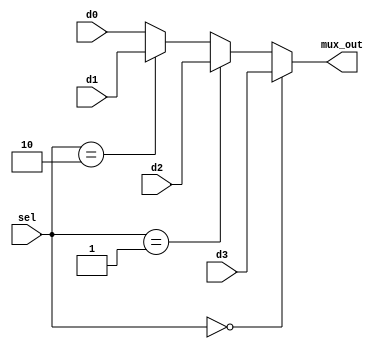
`timescale 1ns / 1ps
//////////////////////////////////////////////////////////////////////////////////
// Company: 
// Engineer: 
// 
// Design Name: 
// Module Name: mux4_1
// Project Name: 
// Target Devices: 
// Tool Versions: 
// Description: 
// 
// Dependencies: 
// 
// Revision:
// Revision 0.01 - File Created
// Additional Comments:
// 
//////////////////////////////////////////////////////////////////////////////////


module mux4_1(
    input   [1:0]   d1,d2,d3,d0,
    input   [1:0]   sel,
    output  [1:0]   mux_out
);

assign mux_out = (sel == 2'b00) ? d3 : ((sel == 2'b01) ? d2 : ((sel == 2'b10) ? d1 : d0));
//*************code***********//

endmodule